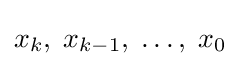
{x}_{k},\;{x}_{k-1},\;\dots ,\;{x}_{0}